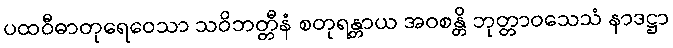
ပထဝီဓာတုရေဝေသာ သဝိဘတ္တီနံ စတုရန္တာယ အဝစန္တိ ဘုတ္တာဝသေသံ နာဒဋ္ဌာ